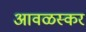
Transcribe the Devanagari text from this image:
आवळस्कर